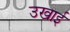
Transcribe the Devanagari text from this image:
उखाई